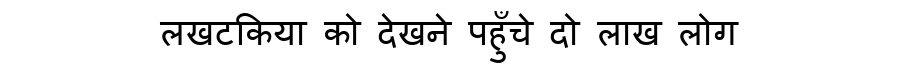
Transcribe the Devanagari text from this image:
लखटकिया को देखने पहुँचे दो लाख लोग